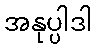
အနုပ္ပါဒါ